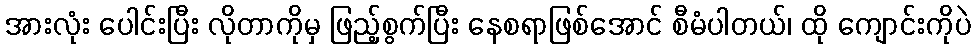
အားလုံး ပေါင်းပြီး လိုတာကိုမှ ဖြည့်စွက်ပြီး နေစရာဖြစ်အောင် စီမံပါတယ်၊ ထို ကျောင်းကိုပဲ